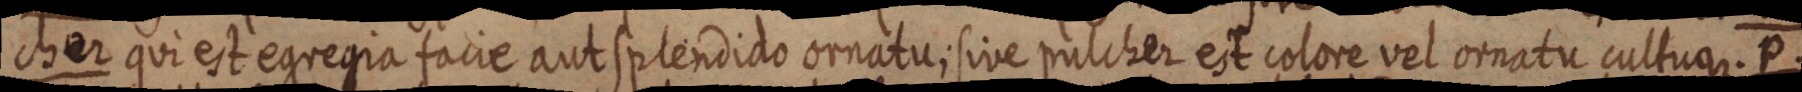
cher qui est egregia facie aut splendido ornatu; sive pulcher est colore vel ornatu cultuque. P.